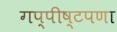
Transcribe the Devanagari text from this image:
गप्पीष्टपणा